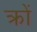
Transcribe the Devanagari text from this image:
क्रों